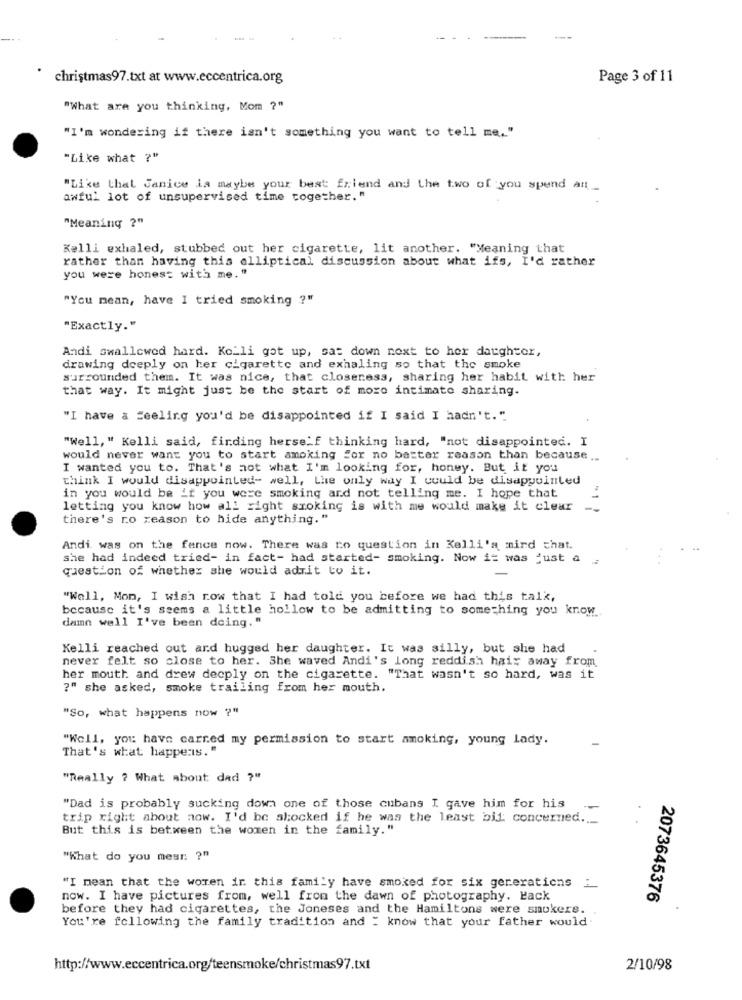
christmas97.txt at www.eccentrica.org
Page 3 of 11
"What are you thinking, Mom ?"
"I'm wondering if there isn't something you want to tell me .. "
"Like what ?"
"Like that Janice ia maybe your best friend and the two of you spend an_
awful lot of unsupervised time together. "
"Meaning ?"
Kelli exhaled, stubbed out her cigarette, lit another. "Meaning that
rather than having this elliptical discussion about what ifs, I'd rather
you were honest with me. "
"You mean, have I tried smoking ?"
"Exactly."
Andi swallowed hard. Kolli got up, sat down next to her daughter,
drawing deeply on her cigarette and exhaling so that the smoke
surrounded them. It was nice, that closeness, sharing her habit with her
that way. It might just be the start of more intimate sharing.
"I have a Feeling you'd be disappointed if I said I hadn't.".
"Well, " Kelli said, finding herse'f thinking hard, "not disappointed. I
would never want you to start smoking for no batter reason than because ..
I wanted you to. That's not what I'm looking for, honey. But it you
think I would disappointed- well, Lhe only way I could be disappointed
in you would be it you were smoking and not telling me. I hope that
letting you know how all right smoking is with me would make it clear
there's no reason to hide anything."
Andi was on the fence now. There was no question in Kelli's mind that.
she had indeed tried- in fact- had started- smoking. Now it was just a
question of whether she would adrit to it.
"Well, Mon, I wish row that I had told you before we had this talk,
because it's seems a little hollow to be admitting to something you know.
damn well I've been doing. "
Kelli reached out and hugged her daughter. It was silly, but she had
never felt so close to her. She waved Andi's long reddish hair away from
her mouth and drew decply on the cigarette. "That wasn't so hard, was it
?" she asked, smoke trailing from her mouth.
"So, what happens now ?"
"Well, you have carred my permission to start smoking, young lady.
That's what happens."
"Really ? What about dad ?"
"Dad is probably sucking down one of those cubans I gave him for his
trip right about now. I'd be alocked if he was the least bit concerned .._
But this is between the women in the family."
"What do you mesr ?"
"I mean that the women in this family have smoked for six generations __
now. I have pictures from, well from the dawn of photography. Hack
2073645376
before they had cigarettes, the Joneses and the Hamiltons were smokers.
You're following the family tradition and : know that your father would
http://www.eccentrica.org/teensmoke/christmas97.txt
2/10/98